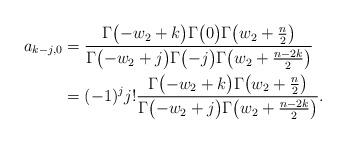
LaTeX: \begin{align*} a_{k-j,0} & = \frac{\Gamma\bigl(-w_2+k\bigr)\Gamma\bigl(0\bigr)\Gamma\bigl(w_2+\frac{n}{2}\bigr)}{\Gamma\bigl(-w_2+j\bigr)\Gamma\bigl(-j\bigr)\Gamma\bigl(w_2+\frac{n-2k}{2}\bigr)} \\ & = (-1)^jj!\frac{\Gamma\bigl(-w_2+k\bigr)\Gamma\bigl(w_2+\frac{n}{2}\bigr)}{\Gamma\bigl(-w_2+j\bigr)\Gamma\bigl(w_2+\frac{n-2k}{2}\bigr)} . \end{align*}